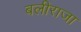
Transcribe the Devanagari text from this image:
बलीराजा